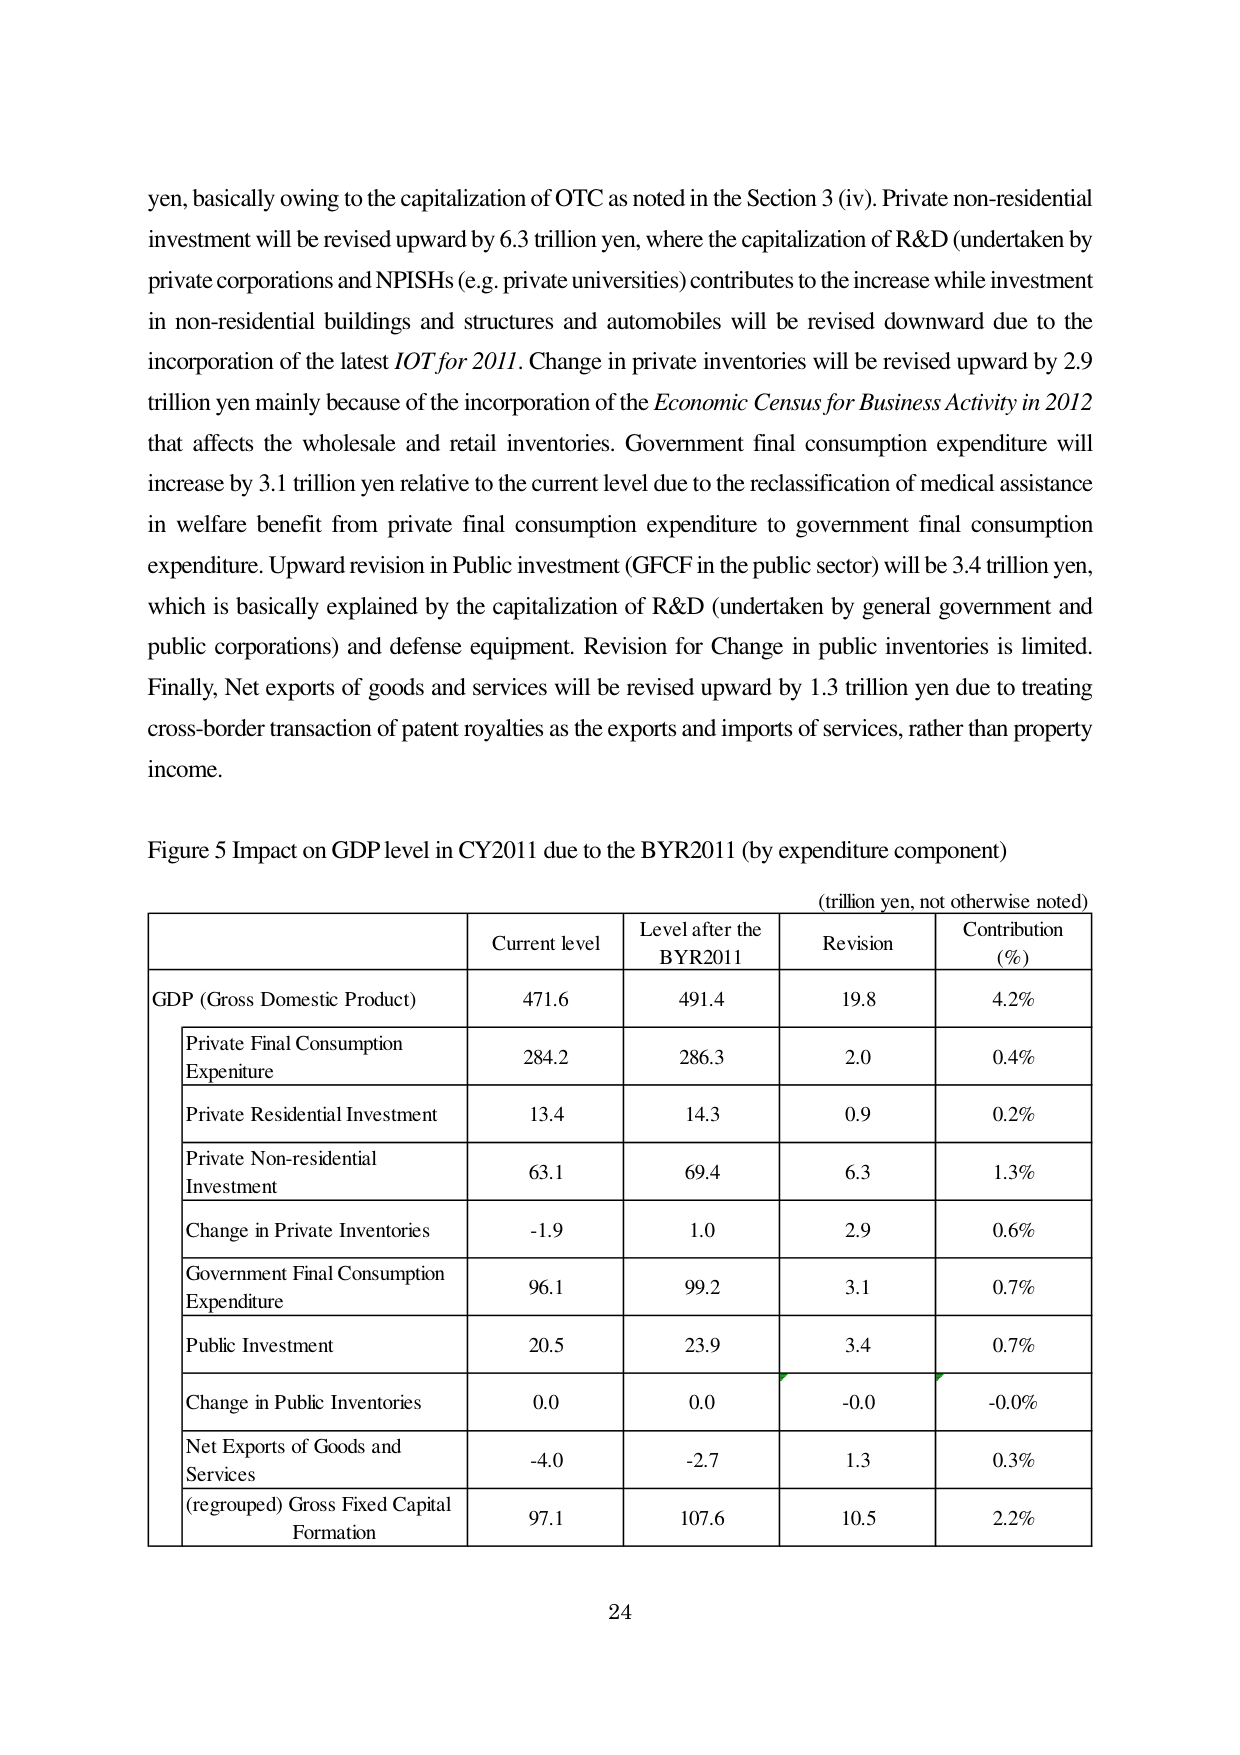
yen, basically owing to the capitalization of OTC as noted in the Section 3 (iv). Private non-residential investment will be revised upward by 6.3 trillion yen, where the capitalization of R&D (undertaken by private corporations and NPI SHs (e.g. private universities) contributes to the increase while investment in non-residential buildings and structures and automobiles will be revised downward due to the incorporation of the latest IOT for 2011. Change in private inventories will be revised upward by 2.9 trillion yen mainly because of the incorporation of the Economic Census for Business Activity in 2012 that affects the wholesale and retail inventories. Government final consumption expenditure will increase by 3.1 trillion yen relative to the current level due to the reclassification of medical assistance in welfare benefit from private final consumption expenditure to government final consumption expenditure. Upward revision in Public investment (GFCF in the public sector) will be 3.4 trillion yen, which is basically explained by the capitalization of R&D (undertaken by general government and public corporations) and defense equipment. Revision for Change in public inventories is limited. Finally, Net exports of goods and services will be revised upward by 1.3 trillion yen due to treating cross-border transaction of patent royalties as the exports and imports of services, rather than property income.

Figure 5 Impact on GDP level in CY2011 due to the BYR2011 (by expenditure component)
(trillion yen, not otherwise noted)

Current level Level after the BYR2011 Revision Contribution (%)
GDP (Gross Domestic Product) 471.6 491.4 19.8 4.2%
Private Final Consumption Expenditure 284.2 286.3 2.0 0.4%
Private Residential Investment 13.4 14.3 0.9 0.2%
Private Non-residential Investment 63.1 69.4 6.3 1.3%
Change in Private Inventories -1.9 1.0 2.9 0.6%
Government Final Consumption Expenditure 96.1 99.2 3.1 0.7%
Public Investment 20.5 23.9 3.4 0.7%
Change in Public Inventories 0.0 0.0 -0.0 -0.0%
Net Exports of Goods and Services -4.0 -2.7 1.3 0.3%
(regrouped) Gross Fixed Capital Formation 97.1 107.6 10.5 2.2%

24